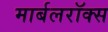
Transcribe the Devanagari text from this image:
मार्बलरॉक्स